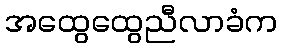
အထွေထွေညီလာခံက